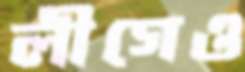
লীগেও